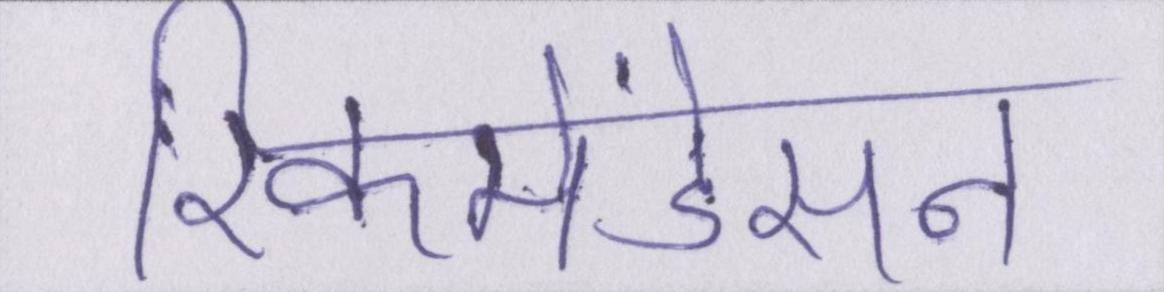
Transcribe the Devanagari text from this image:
रिकमेंडेसन